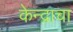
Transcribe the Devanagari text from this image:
केन्द्राचा